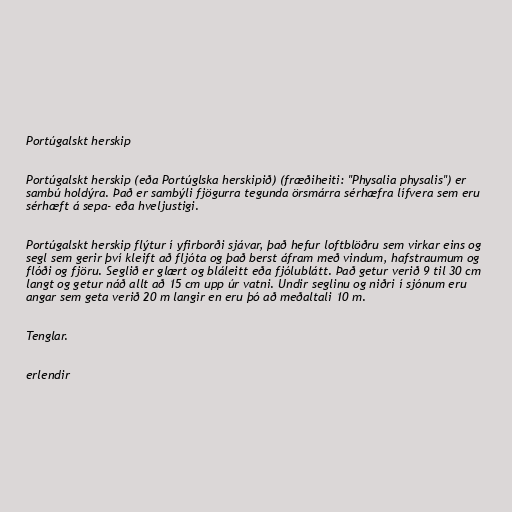
Portúgalskt herskip

Portúgalskt herskip (eða Portúglska herskipið) (fræðiheiti: "Physalia physalis") er
sambú holdýra. Það er sambýli fjögurra tegunda örsmárra sérhæfra lífvera sem eru
sérhæft á sepa- eða hveljustigi.

Portúgalskt herskip flýtur í yfirborði sjávar, það hefur loftblöðru sem virkar eins og
segl sem gerir því kleift að fljóta og það berst áfram með vindum, hafstraumum og
flóði og fjöru. Seglið er glært og bláleitt eða fjólublátt. Það getur verið 9 til 30 cm
langt og getur náð allt að 15 cm upp úr vatni. Undir seglinu og niðri í sjónum eru
angar sem geta verið 20 m langir en eru þó að meðaltali 10 m.

Tenglar.

erlendir